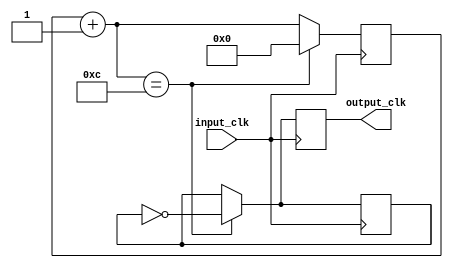
module clock_1(
	input_clk,
	output_clk
);
	input input_clk;
	output reg output_clk;
	
	reg signal;
	reg[5:0] counter;
	reg[5:0] const_data = 6'b001100;
	
	initial
	begin
		signal = 1'b0;
		counter = 6'b0;
	end

	always@(posedge input_clk)
	begin
		counter = counter + 1'b1;
		if(counter == const_data)
		begin
			signal = ~signal;
			counter = 6'b0;
		end
			output_clk = signal;
	end

endmodule